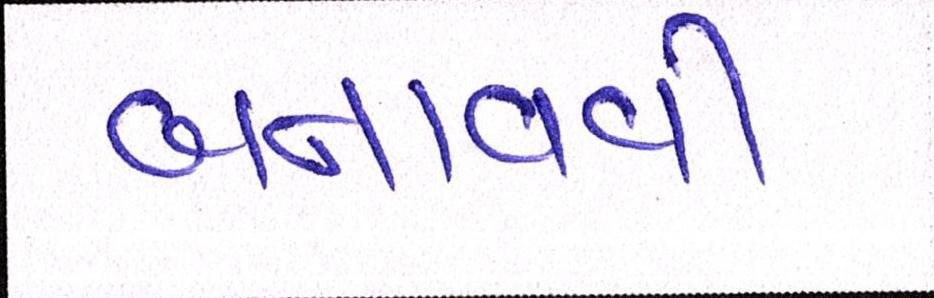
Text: બનાવવી